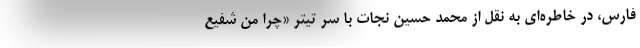
فارس، در خاطره‌ای به نقل از محمد حسین نجات با سر تیتر «چرا من شفیع